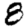
Digit: 8